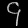
Digit: ၄